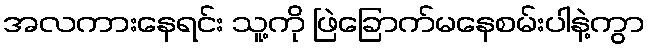
အလကားနေရင်း သူ့ကို ဖြဲခြောက်မနေစမ်းပါနဲ့ကွာ